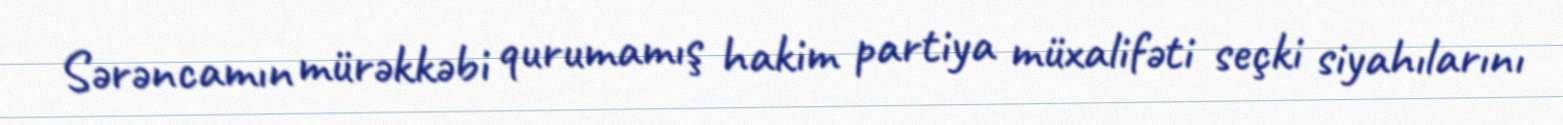
Sərəncamın mürəkkəbi qurumamış hakim partiya müxalifəti seçki siyahılarını